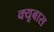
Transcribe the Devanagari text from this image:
क्यूबास